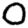
Digit: 0